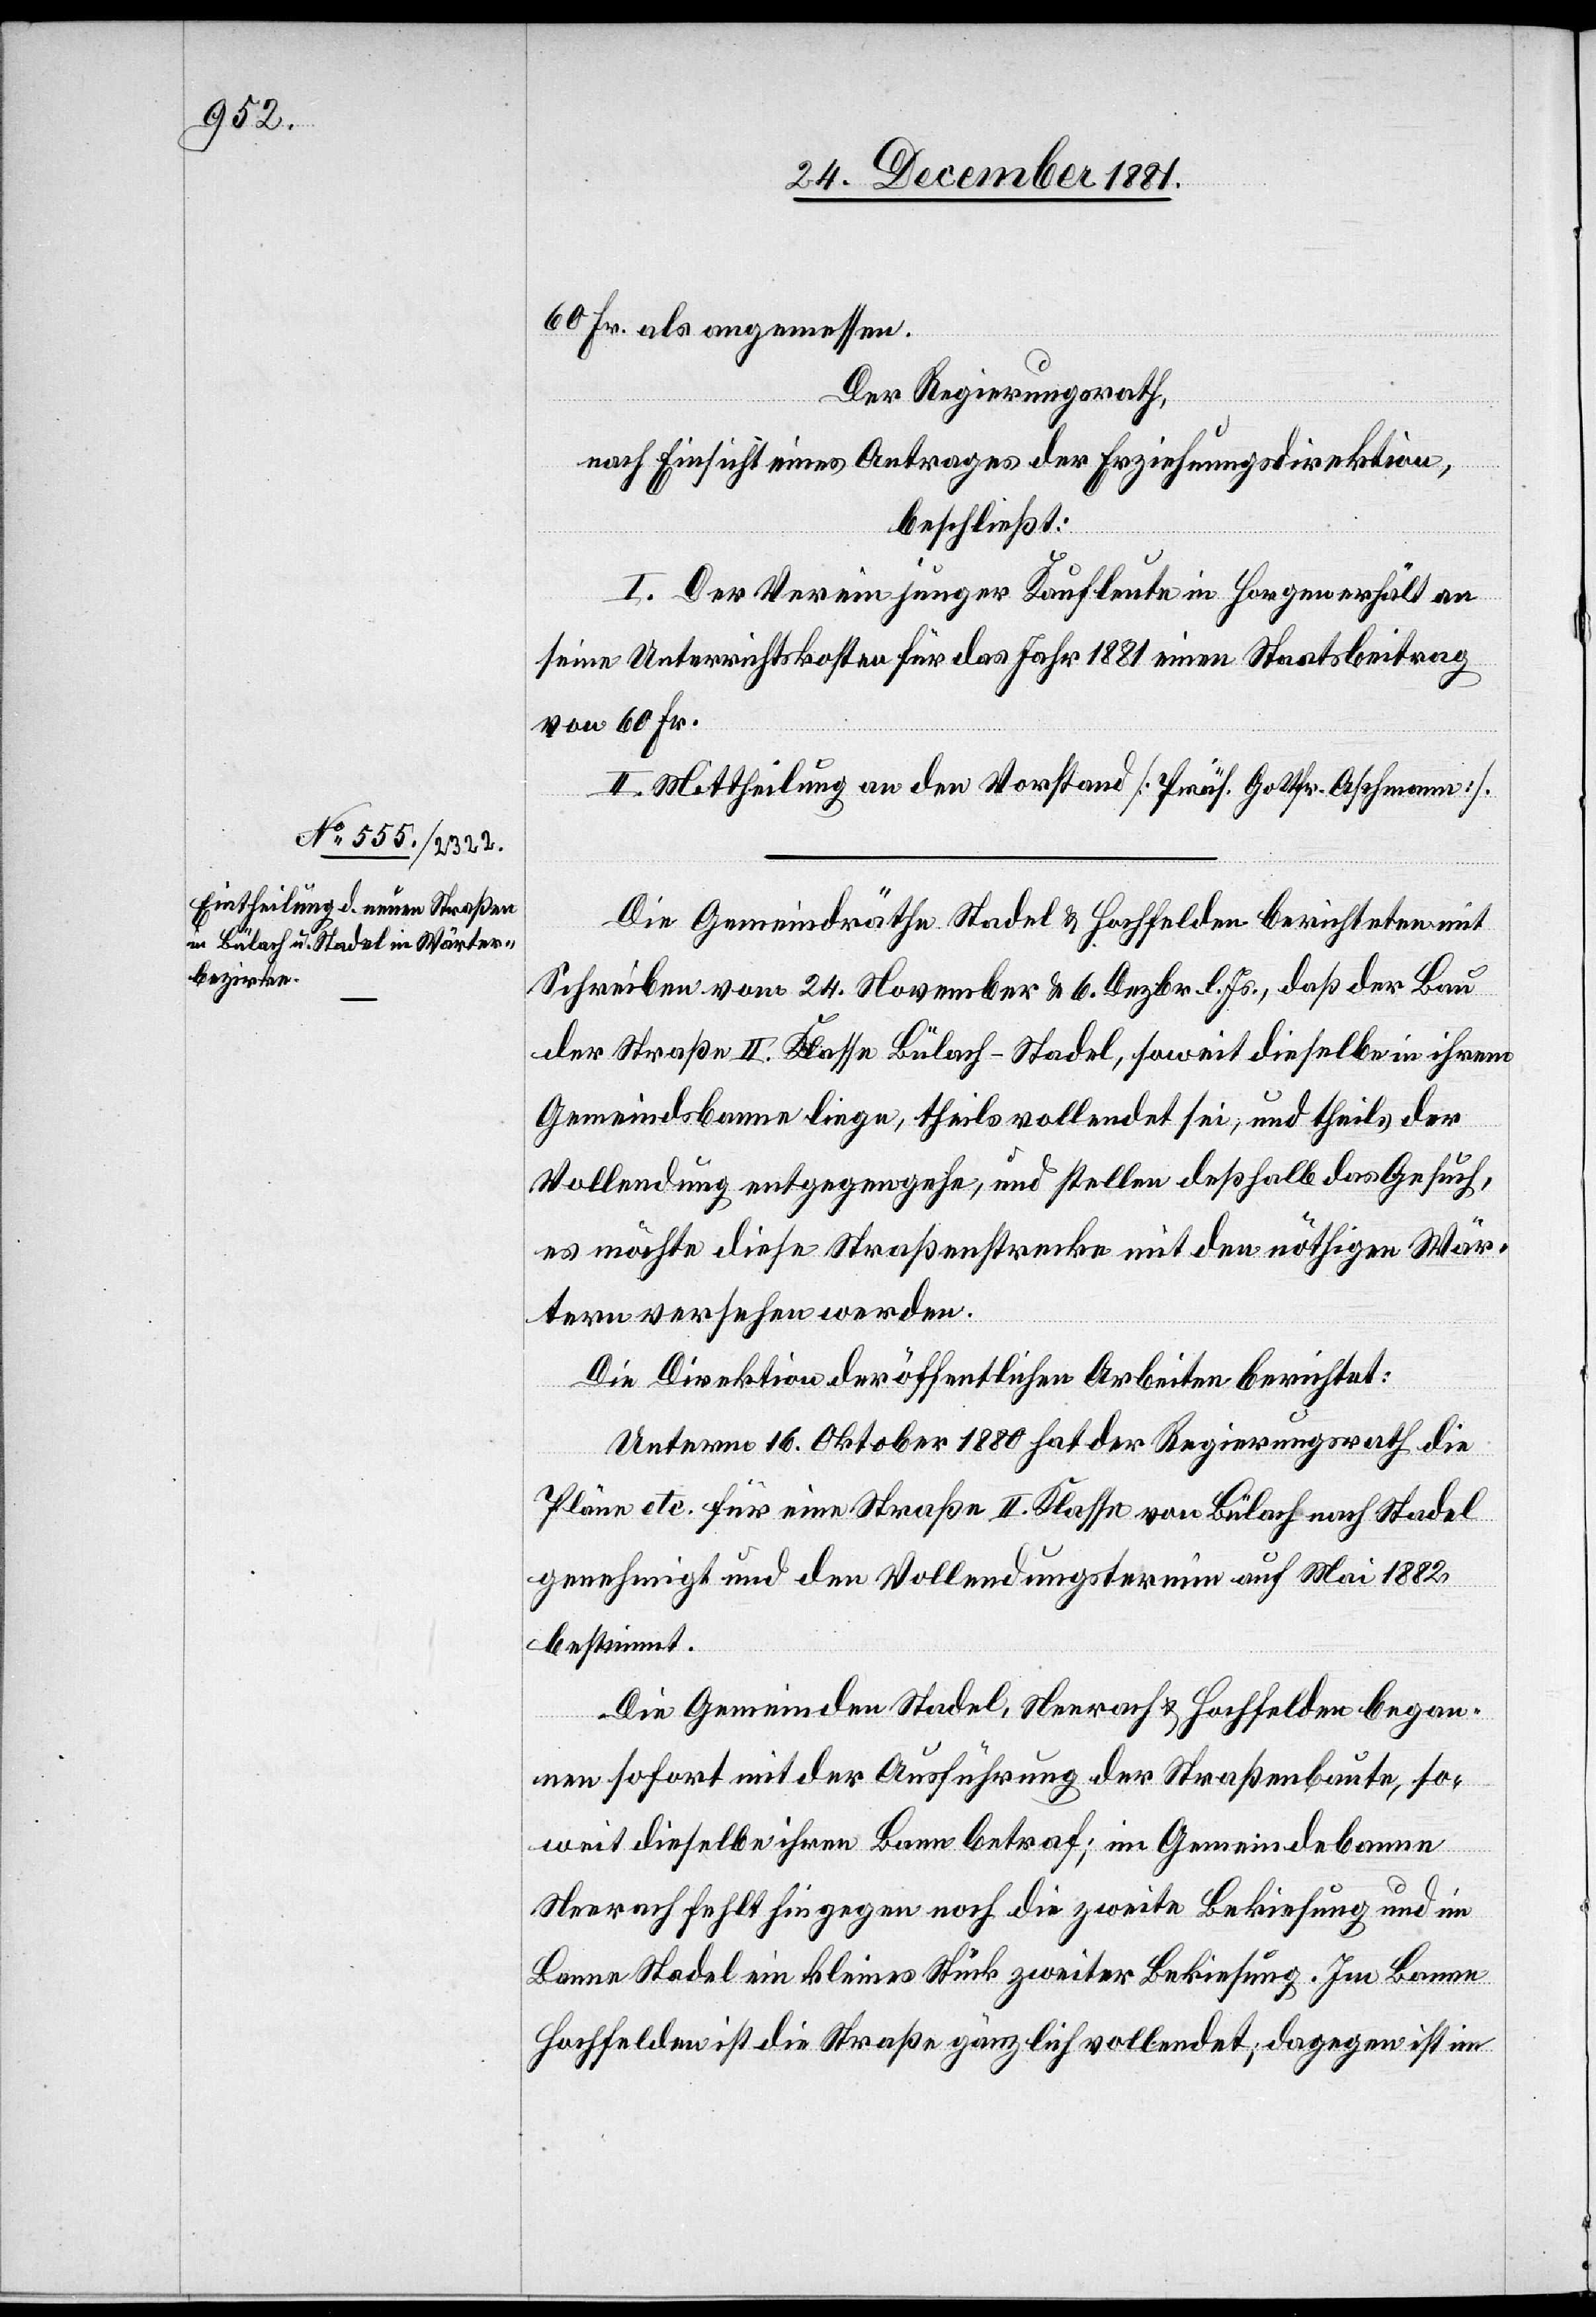
60 Fr. als angemessen.
Der Regierungsrath,
nach Einsicht eines Antrages der Erziehungsdirektion,
beschließt:
I. Der Verein junger Kaufleute in Horgen erhält an
seine Unterrichtskosten für das Jahr 1881 einen Staatsbeitrag
von 60 Fr.
II. Mittheilung an den Vorstand [Präs. Gottfr. Aschmann].
Die Gemeindräthe Stadel & Hochfelden berichteten mit
Schreiben vom 24. November & 6. Dezbr. l. Js., daß der Bau
der Straße II. Klasse Bülach–Stadel, soweit dieselbe in ihrem
Gemeindsbanne liege, theils vollendet sei, und theils der
Vollendung entgegengehe, und stellen deßhalb das Gesuch,
es möchte diese Straßenstrecke mit den nöthigen Wär¬
tern versehen werden.
Die Direktion der öffentlichen Arbeiten berichtet:
Unterm 16. Oktober 1880 hat der Regierungsrath die
Pläne etc. für eine Straße II. Klasse von Bülach nach Stadel
genehmigt und den Vollendungstermin auf Mai 1882
bestimmt.
Die Gemeinden Stadel, Neerach & Hochfelden began¬
nen sofort mit der Ausführung der Straßenbaute, so¬
weit dieselbe ihren Bann betraf; im Gemindebanne
Neerach fehlt hiegegen noch die zweite Bekiesung und im
Banne Stadel ein kleines Stück zweiter Bekiesung. Im Banne
Hochfelden ist die Straße gänzlich vollendet, dagegen ist im